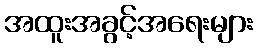
အထူးအခွင့်အရေးများ